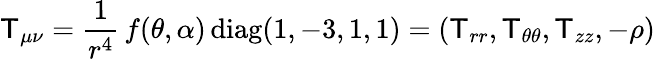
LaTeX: \mathsf{T}_{\mu\nu}=\frac{{1}}{{r^{4}}}\, f(\theta,\alpha)\, \mathrm{{diag}}(1,-3,1,1)=(\mathsf{T}_{rr},\mathsf{T}_{\theta\theta},\mathsf{T}_{zz},-\rho)